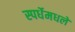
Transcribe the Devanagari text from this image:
स्पर्धेमधले